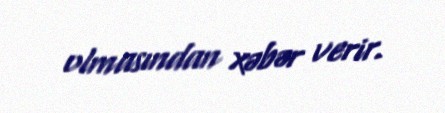
olmasından xəbər verir.